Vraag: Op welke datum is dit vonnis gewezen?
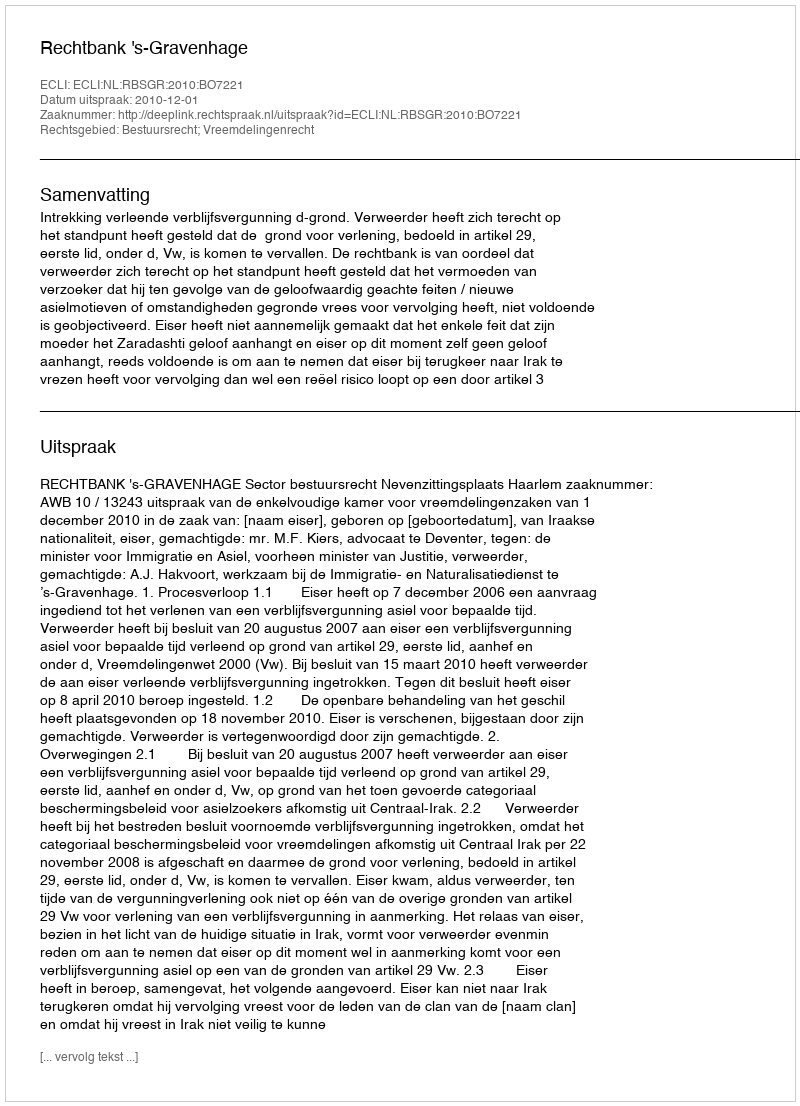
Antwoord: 2010-12-01